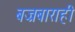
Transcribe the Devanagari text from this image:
बज्रबाराही